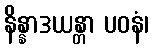
နိန္နာဒယန္တာ ပဝနံ၊